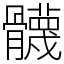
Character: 䯦